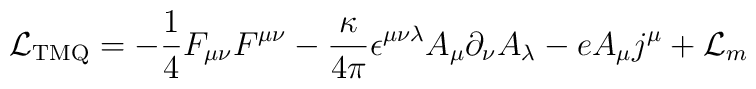
{\cal L}_{\rm TMQ} = -\frac{1}{4}F_{\mu\nu}F^{\mu\nu} -	   \frac{\kappa}{4\pi} \epsilon^{\mu\nu\lambda} A_\mu	   \partial_\nu A_\lambda - e A_\mu j^\mu + {\cal L}_m